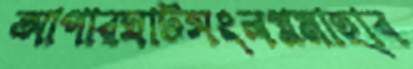
আপারঘাটসংলগ্নমাহাব